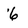
Character: 6